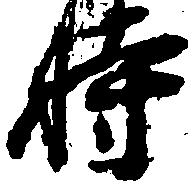
時